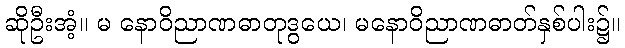
ဆိုဦးအံ့။ မ နောဝိညာဏဓာတုဒွယေ၊ မနောဝိညာဏဓာတ်နှစ်ပါး၌။